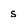
Character: s